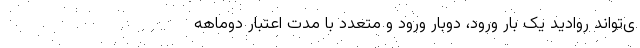
ی‌تواند روادید یک بار ورود، دوبار ورود و متعدد با مدت اعتبار دوماهه